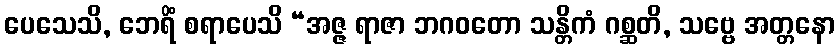
ပေသေသိ, ဘေရိံ စရာပေသိ “အဇ္ဇ ရာဇာ ဘဂဝတော သန္တိကံ ဂစ္ဆတိ, သဗ္ဗေ အတ္တနော